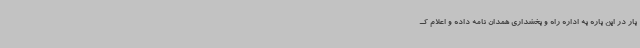
بار در این باره به اداره راه و بخشداری همدان نامه داده‌ و اعلام ک